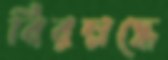
বিরম্নদ্ধে